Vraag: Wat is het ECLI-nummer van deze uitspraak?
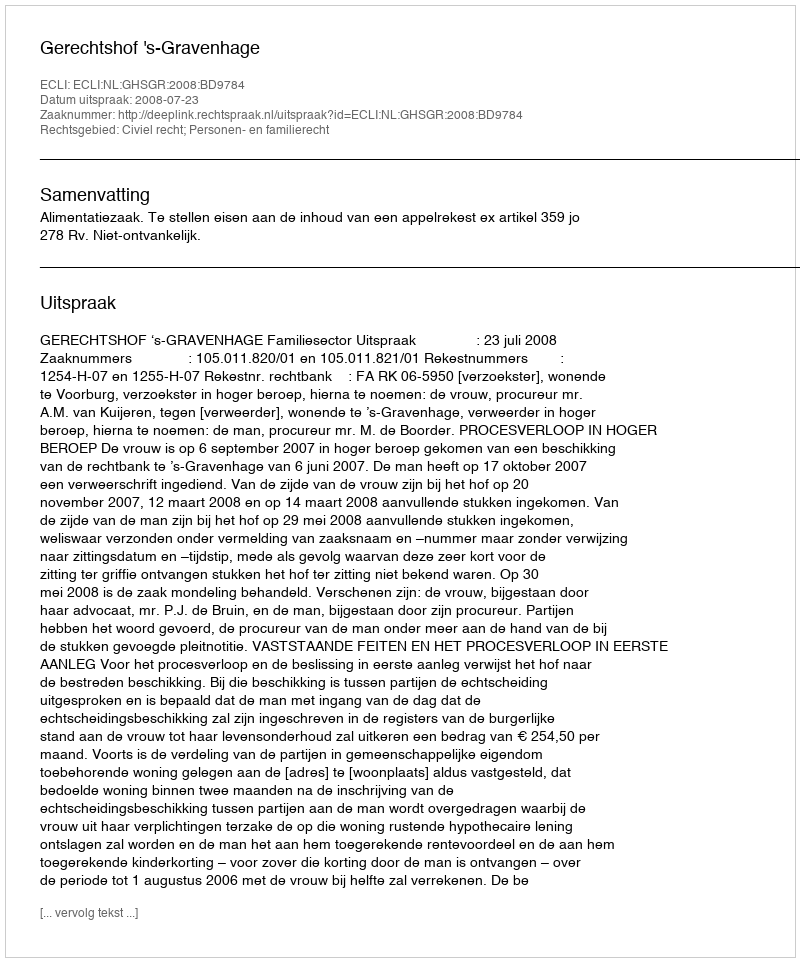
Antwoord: ECLI:NL:GHSGR:2008:BD9784